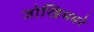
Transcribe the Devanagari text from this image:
जोखिमभरे